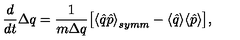
\frac { d } { d t } \Delta q = \frac { 1 } { m \Delta q } \big [ { \langle \hat { q } \hat { p } \rangle } _ { s y m m } - \langle \hat { q } \rangle \langle \hat { p } \rangle \big ] ,